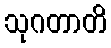
သုဂတာတိ